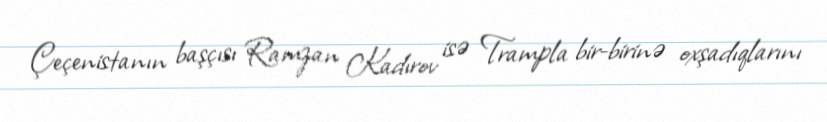
Çeçenistanın başçısı Ramzan Kadırov isə Trampla bir-birinə oxşadıqlarını